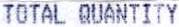
TOTAL QUANTITY